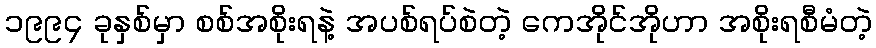
၁၉၉၄ ခုနှစ်မှာ စစ်အစိုးရနဲ့ အပစ်ရပ်စဲတဲ့ ကေအိုင်အိုဟာ အစိုးရစီမံတဲ့